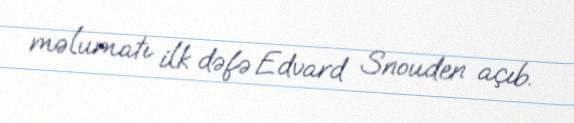
məlumatı ilk dəfə Edvard Snouden açıb.